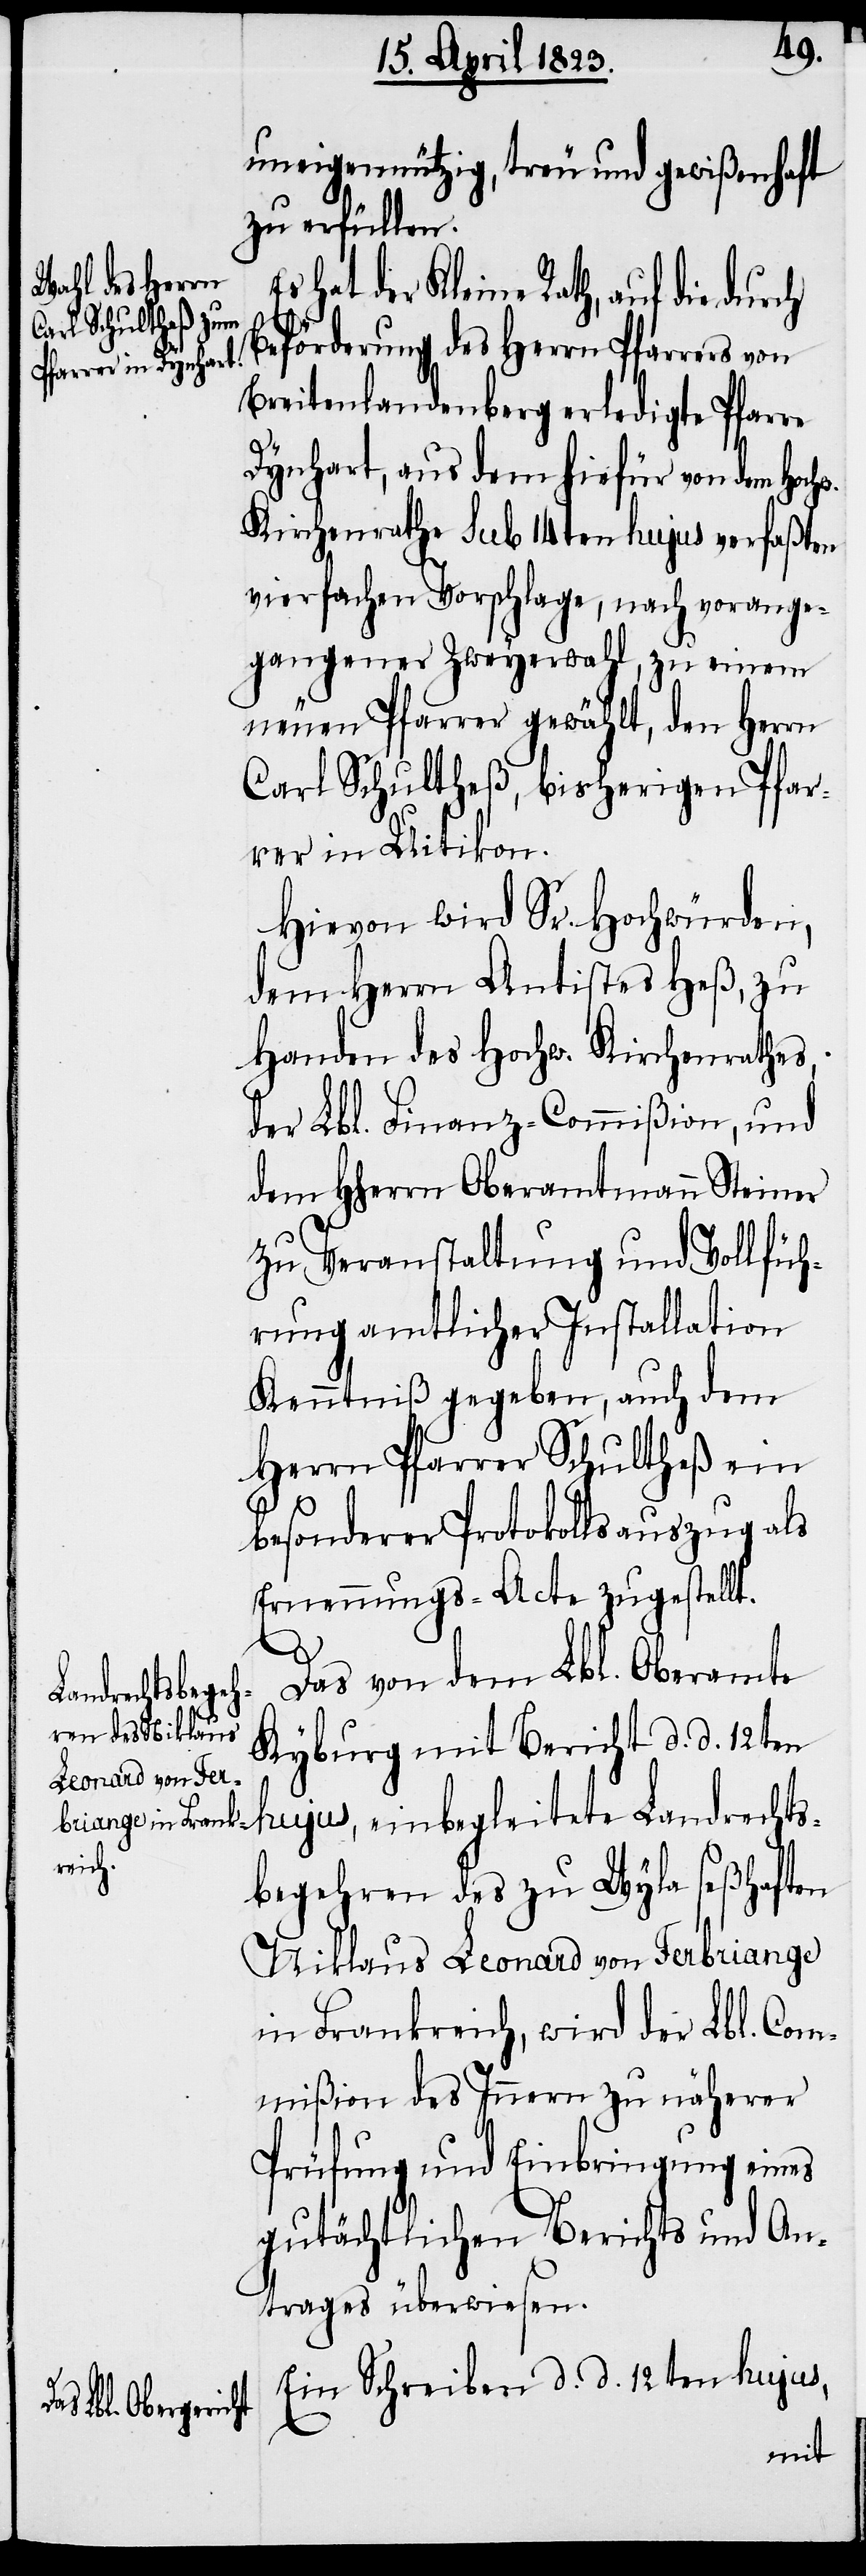
uneigennützig, treu und gewißenhaft
zu erfüllen.
hat der Kleine Rath, auf die durch
Beförderung des Herrn Pfarrers von
Breitenlandenberg erledigte Pfarre
Dynhart, aus dem hiefür von dem Hoch¬
Kirchenrathe Sub 14ten hujus verfaßten
vierfachen Vorschlage, nach vorange¬
gangener Zweyerwahl, zu einem
neuen Pfarrer gewählt, den Herrn
Carl Schultheß, bisherigen Pfar¬
rer in Uitikon.
Hievon wird Sr. Hochwürden,
dem Herrn Antistes Heß, zu
Handen des Hochw. Kirchenrathes,
der Lbl. Finanz-Commißion, und
dem Hherrn Oberamtmann Steiner
zu Veranstaltung und Vollfüh¬
rung amtlicher Installation
Kenntniß gegeben, auch dem
Herrn Pfarrer Schultheß ein
besonderer Protokollsauszug als
Ernennungs-Acte zugestellt.
w.
Das von dem Lbl. Oberamte
Kyburg mit Bericht d. d. 12ten
hujus, einbegleitete Landrechts¬
begehren des zu Wyla seßhaften
Niklaus Leonard von Ferbriange
in Frankreich, wird der Lbl. Com¬
mißion des Innern zu näherer
Prüfung und Einbringung eines
gutächtlichen Berichts und An¬
trages überwiesen.
Ein Schreiben d. d. 12ten hujus,